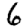
Digit: 6